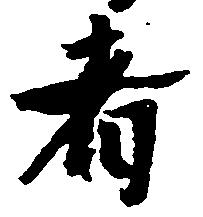
者